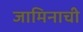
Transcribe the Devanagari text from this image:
जामिनाची